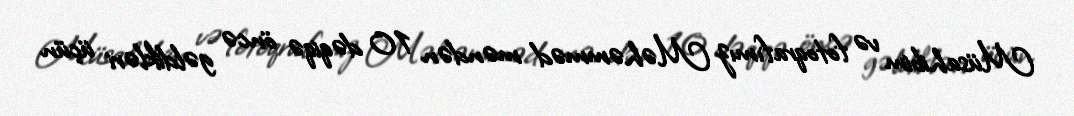
Müsahibim və fotoqrafımız Məhəmməd məndən 10 dəqiqə öncə gəldikləri üçün